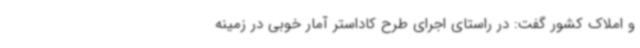
و املاک کشور گفت: در راستای اجرای طرح کاداستر آمار خوبی در زمینه